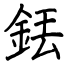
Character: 銩